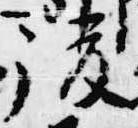
復